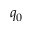
q _ { 0 }